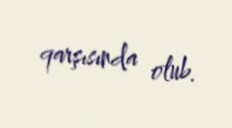
qarşısında olub.